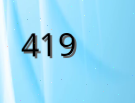
419